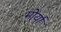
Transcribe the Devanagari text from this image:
मोर्या